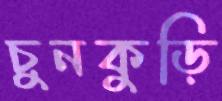
চুনকুড়ি